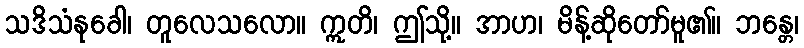
သဒိသံနုခေါ၊ တူလေသလော။ ဣတိ၊ ဤသို့။ အာဟ၊ မိန့်ဆိုတော်မူ၏။ ဘန္တေ၊